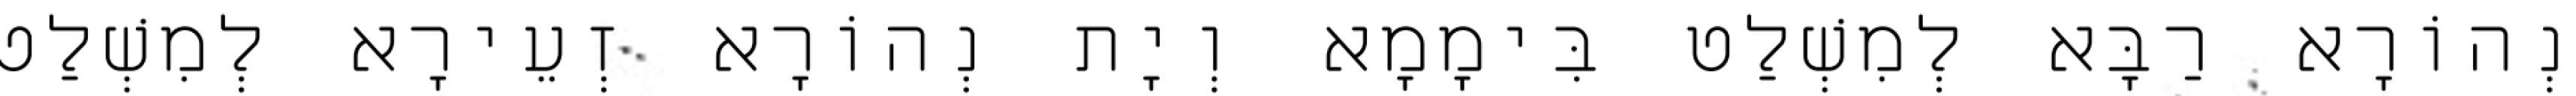
נְהוֹרָא רַבָּא לְמִשְׁלַט בִּימָמָא וְיָת נְהוֹרָא זְעֵירָא לְמִשְׁלַט